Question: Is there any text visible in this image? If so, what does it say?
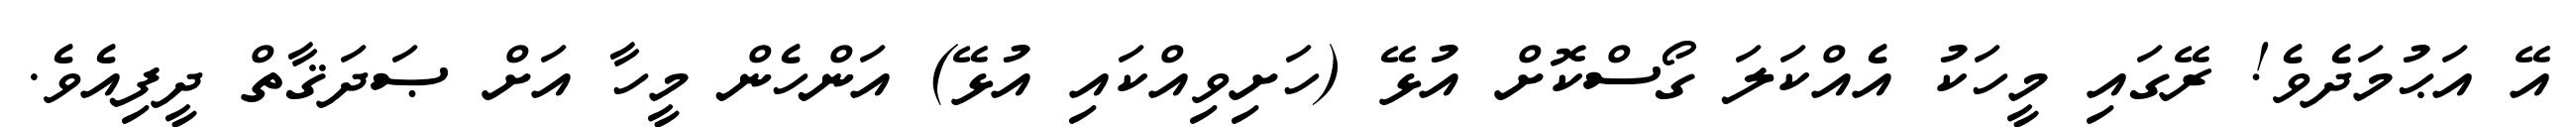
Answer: އޭ އަޙުމަދެވެ! ރޭގައި މީހަކު އެއްކަލަ ގޯސްކޮށް އުޅޭ (ހަށިވިއްކައި އުޅޭ) އަންހެން މީހާ އަށް ޞަދަޤާތް ދީފިއެވެ.